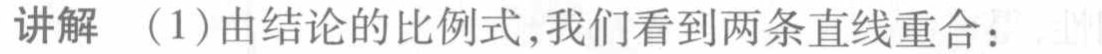
讲解 （1）由结论的比例式,我们看到两条直线重合：